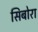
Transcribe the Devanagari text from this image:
सिबोरा